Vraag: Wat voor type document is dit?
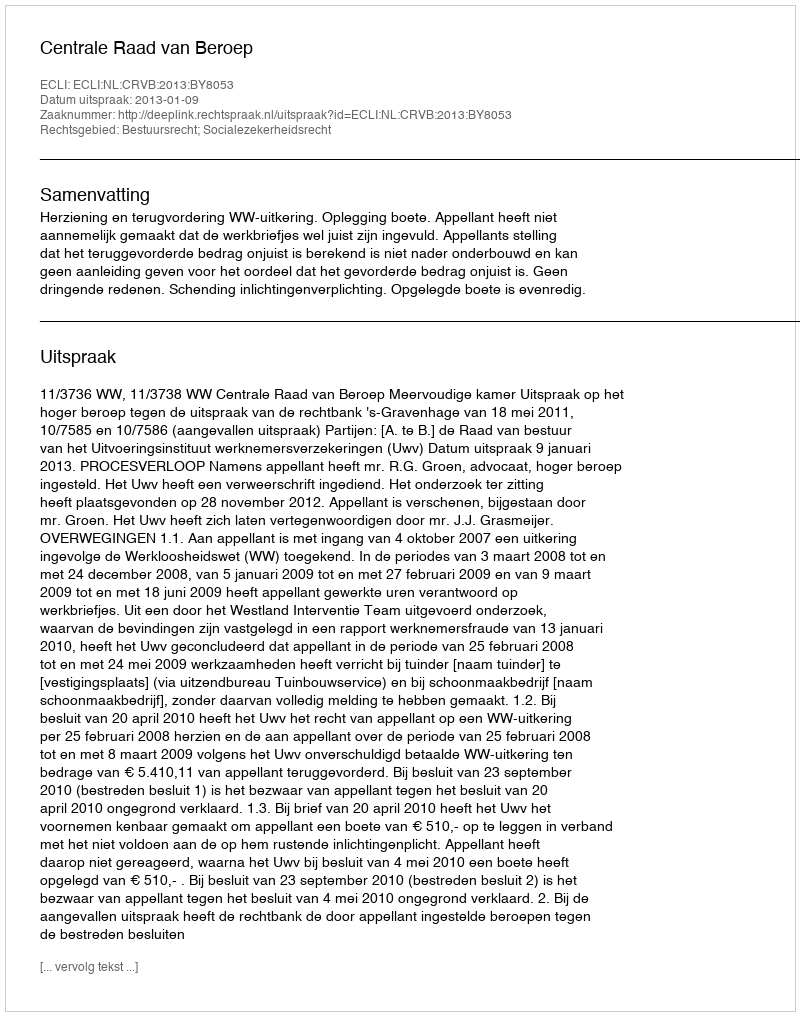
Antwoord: Uitspraak